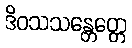
ဒိဝသသန္တေတ္တေ